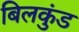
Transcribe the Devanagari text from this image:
बिलकुंड